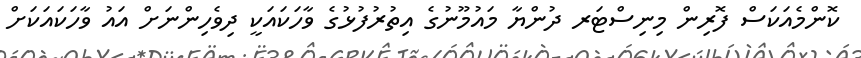
ކޮންމެއަކަސް ފޮރިން މިނިސްޓަރ ދުންޔާ މައުމޫނުގެ އިތުރުފުޅުގެ ވާހަކައަކީ ދިވެހިންނަށް އައު ވާހަކައަކަށް